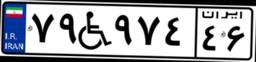
۷۹W۹۷۴۴۶